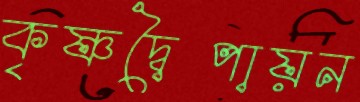
কৃষ্ণদ্বৈপায়ন